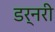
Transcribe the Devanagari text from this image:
डर्नरी